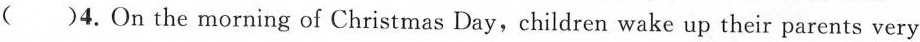
()4.On the morning of Christmas Day, children wake up their parents very